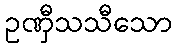
ဥဏှီသသီသော